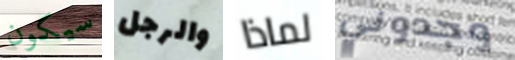
سيكون والرجل لماذا وجدوني